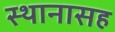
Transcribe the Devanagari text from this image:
स्थानासह